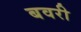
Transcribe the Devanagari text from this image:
बवरी